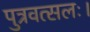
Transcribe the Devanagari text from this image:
पुत्रवत्सलः।